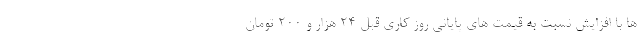
ها با افزایش نسبت به قیمت های پایانی روز کاری قبل 24 هزار و 200 تومان